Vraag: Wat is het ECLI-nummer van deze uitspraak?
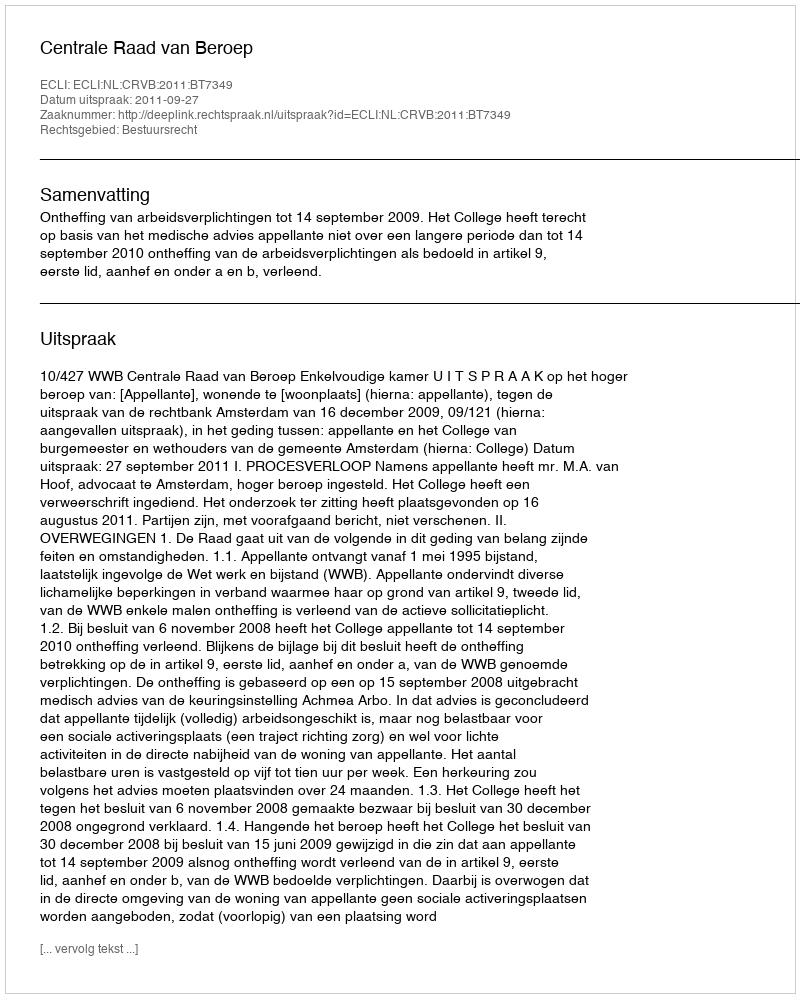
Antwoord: ECLI:NL:CRVB:2011:BT7349